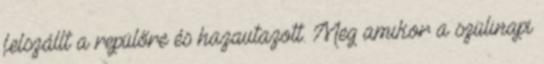
felszállt a repülőre és hazautazott. Meg amikor a szülinapi